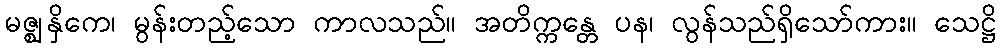
မဇ္ဈနှိကေ၊ မွန်းတည့်သော ကာလသည်။ အတိက္ကန္တေ ပန၊ လွန်သည်ရှိသော်ကား။ သေဋ္ဌိ